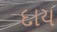
દાય